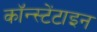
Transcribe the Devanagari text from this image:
कॉन्स्टेंटाइन